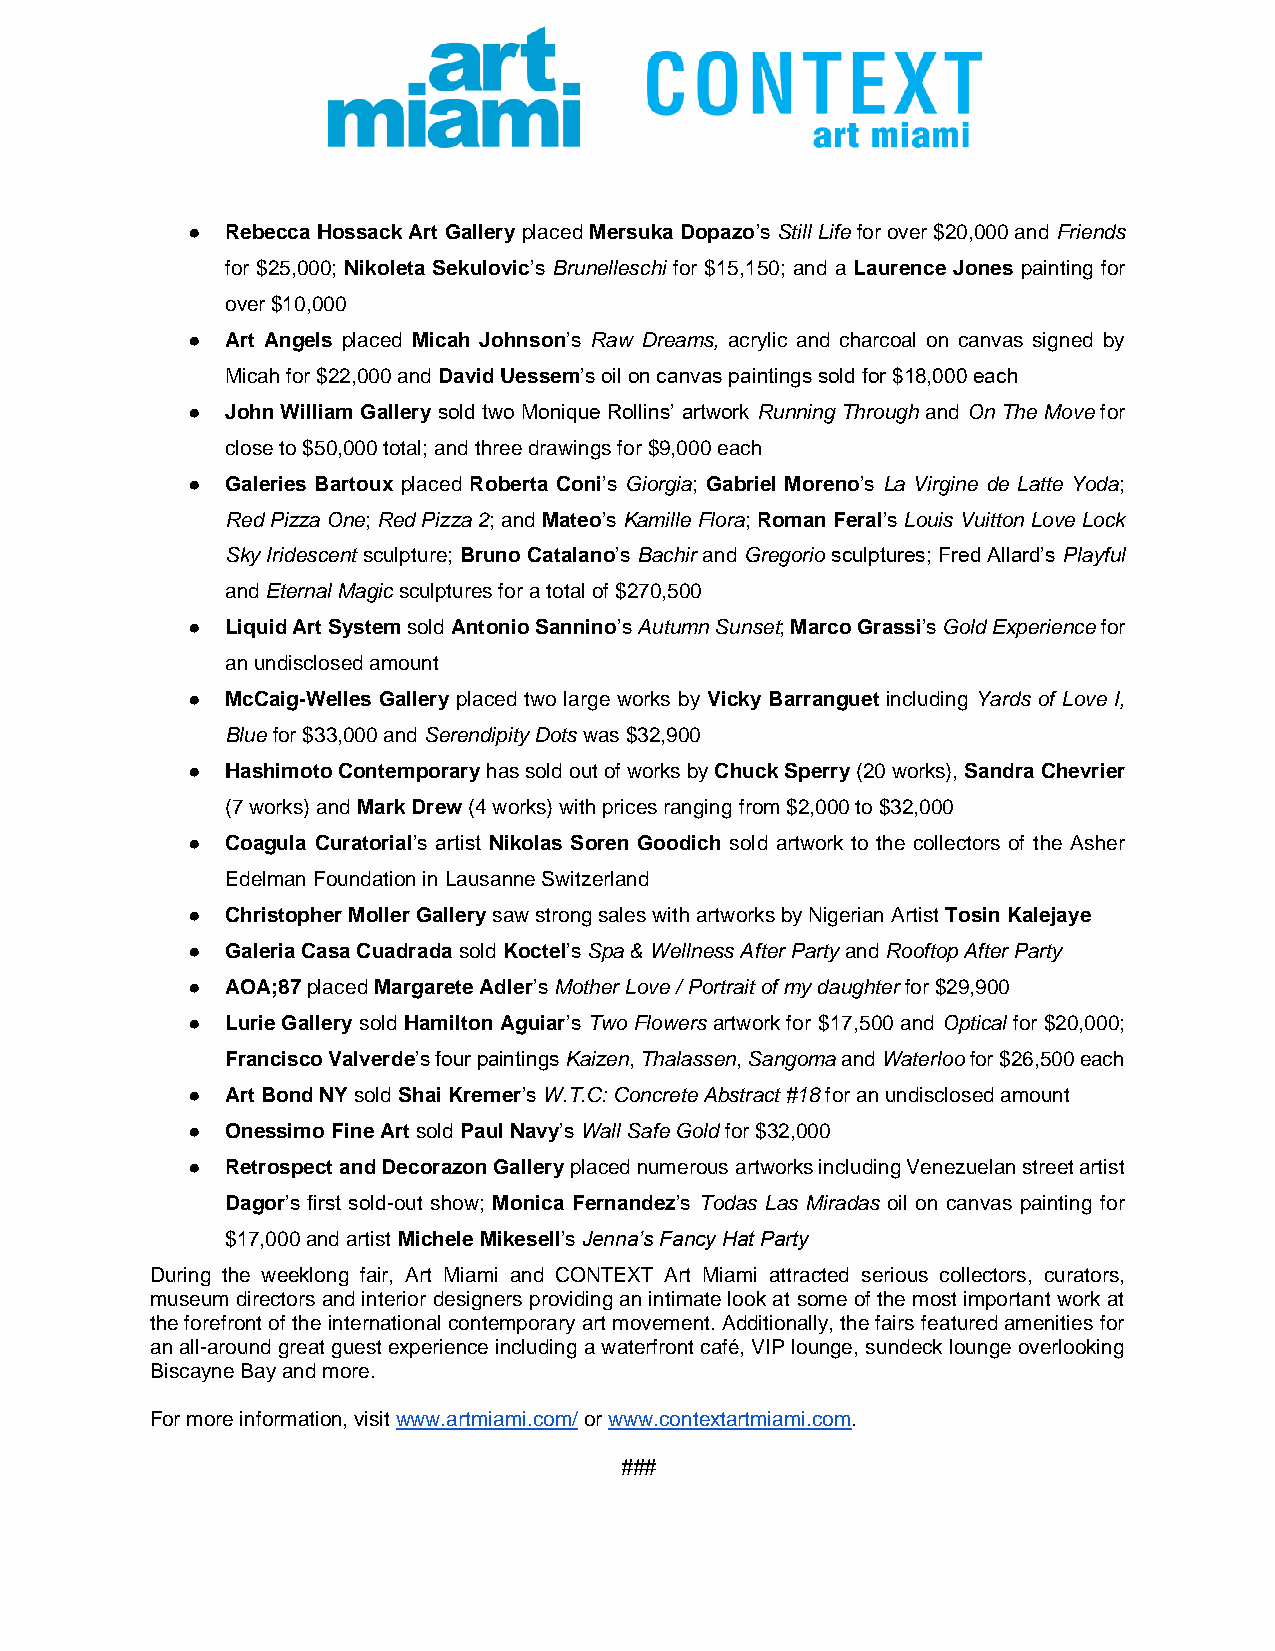
●  Rebecca Hossack Art Gallery placed Mersuka Dopazo’s Still Life for over $20,000 and Friends
 for $25,000; Nikoleta Sekulovic’s Brunelleschi for $15,150; and a Laurence Jones painting for
 over $10,000
 ●  Art Angels placed Micah Johnson’s Raw Dreams, acrylic and charcoal on canvas signed by
 Micah for $22,000 and David Uessem’s oil on canvas paintings sold for $18,000 each
 ●  John William Gallery sold two Monique Rollins’ artwork Running Through and On The Move for
 close to $50,000 total; and three drawings for $9,000 each
 ●  Galeries Bartoux placed Roberta Coni’s Giorgia; Gabriel Moreno’s La Virgine de Latte Yoda;
 Red Pizza One; Red Pizza 2; and Mateo’s Kamille Flora; Roman Feral’s Louis Vuitton Love Lock
 Sky Iridescent sculpture; Bruno Catalano’s Bachir and Gregorio sculptures; Fred Allard’s Playful
 and Eternal Magic sculptures for a total of $270,500
 ●  Liquid Art System sold Antonio Sannino’s Autumn Sunset; Marco Grassi’s Gold Experience for
 an undisclosed amount
 ●  McCaig-Welles Gallery placed two large works by Vicky Barranguet including Yards of Love I,
 Blue for $33,000 and Serendipity Dots was $32,900
 ●  Hashimoto Contemporary has sold out of works by Chuck Sperry (20 works), Sandra Chevrier
 (7 works) and Mark Drew (4 works) with prices ranging from $2,000 to $32,000
 ●  Coagula Curatorial’s artist Nikolas Soren Goodich sold artwork to the collectors of the Asher
 Edelman Foundation in Lausanne Switzerland
 ●  Christopher Moller Gallery saw strong sales with artworks by Nigerian Artist Tosin Kalejaye
 ●  Galeria Casa Cuadrada sold Koctel’s Spa & Wellness After Party and Rooftop After Party
 ●  AOA;87 placed Margarete Adler’s Mother Love / Portrait of my daughter for $29,900
 ●  Lurie Gallery sold Hamilton Aguiar’s Two Flowers artwork for $17,500 and Optical for $20,000;
 Francisco Valverde’s four paintings Kaizen, Thalassen, Sangoma and Waterloo for $26,500 each
 ●  Art Bond NY sold Shai Kremer’s W.T.C: Concrete Abstract #18 for an undisclosed amount
 ●  Onessimo Fine Art sold Paul Navy’s Wall Safe Gold for $32,000
 ●  Retrospect and Decorazon Gallery placed numerous artworks including Venezuelan street artist
 Dagor’s first sold-out show; Monica Fernandez’s Todas Las Miradas oil on canvas painting for
 $17,000 and artist Michele Mikesell’s Jenna’s Fancy Hat Party
 During the weeklong fair, Art Miami and CONTEXT Art Miami attracted serious collectors, curators,
 museum directors and interior designers providing an intimate look at some of the most important work at
 the forefront of the international contemporary art movement. Additionally, the fairs featured amenities for
 an all-around great guest experience including a waterfront café, VIP lounge, sundeck lounge overlooking
 Biscayne Bay and more.
 For more information, visit www.artmiami.com/ or www.contextartmiami.com.
 ###